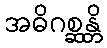
အဓိဂစ္ဆန္တိ